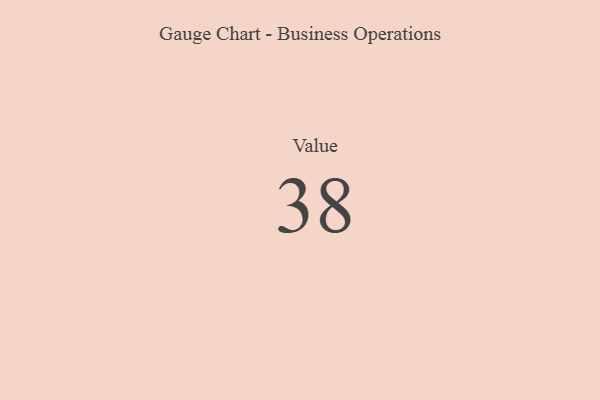
{"axis": {"x": "Metric", "y": "Value"}, "legend": [""], "data": [{"x": "Value", "y": 38, "type": ""}]}